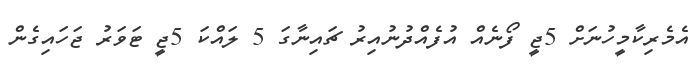
އެމެރިކާމީހުނަށް 5ޖީ ފޯނެއް އުފެއްދުނުއިރު ޗައިނާގަ 5 ލައްކަ 5ޖީ ޓަވަރު ޖަހައިގެން